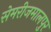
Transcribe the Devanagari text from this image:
सेमरीजमालपुर